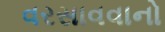
વરસાવવાનો